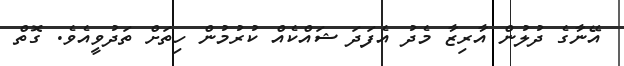
އޭނާގެ ދުލުން އާރިޒާ މެދު އެފަދަ ޝައްކެއް ކުރުމުން ހިތަށް ތަދުވީއެވެ. ގޮތް